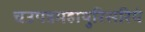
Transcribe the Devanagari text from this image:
चउपन्नमहापुरिसरियं